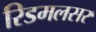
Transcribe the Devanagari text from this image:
रिडमलसर